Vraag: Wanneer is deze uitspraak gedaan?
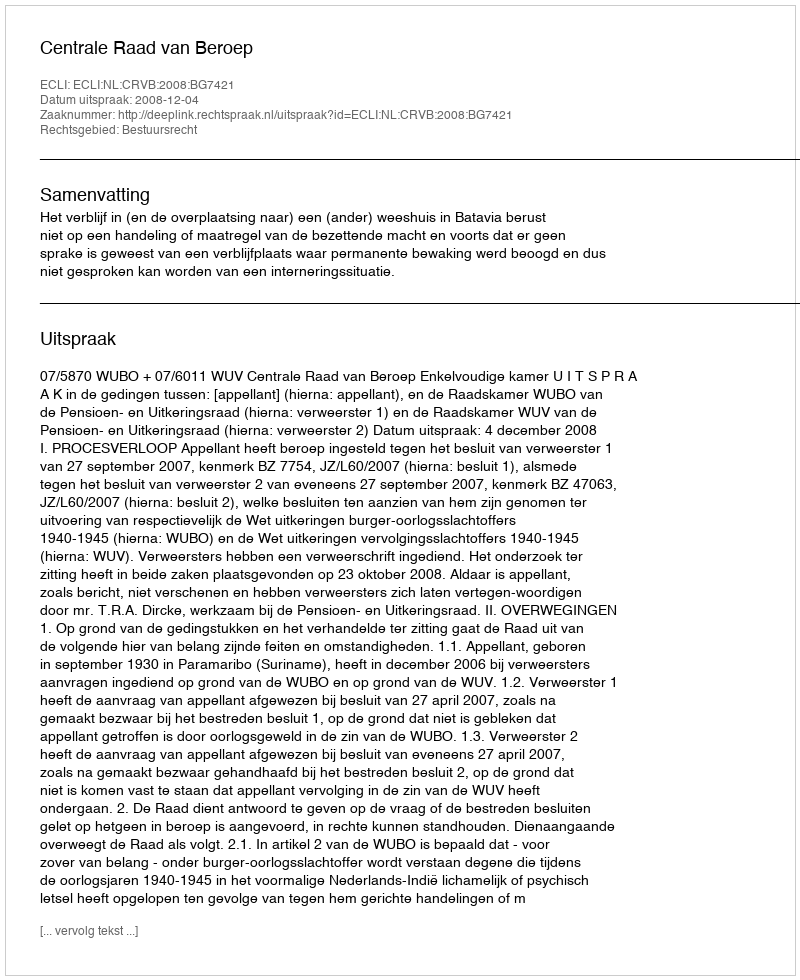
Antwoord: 2008-12-04